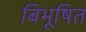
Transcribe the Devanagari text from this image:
बिभूषित